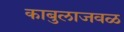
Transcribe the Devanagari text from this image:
काबुलाजवळ